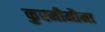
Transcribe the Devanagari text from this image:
कुरमीमौना